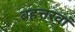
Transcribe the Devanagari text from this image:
बहत्तरवां